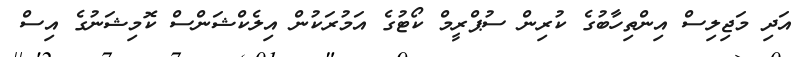
އަދި މަޖިލިސް އިންތިހާބުގެ ކުރިން ސުޕްރީމް ކޯޓުގެ އަމުރަކުން އިލެކްޝަންސް ކޮމިޝަނުގެ އިސް